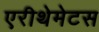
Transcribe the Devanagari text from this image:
एरीथेमेटस